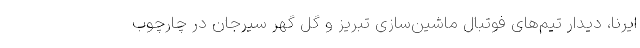
ایرنا، دیدار تیم‌های فوتبال ماشین‌سازی تبریز و گل گهر سیرجان در چارچوب